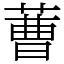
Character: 蓸